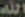
الله